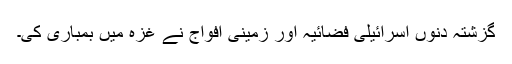
گزشتہ دنوں اسرائیلی فضائیہ اور زمینی افواج نے غزہ میں بمباری کی۔